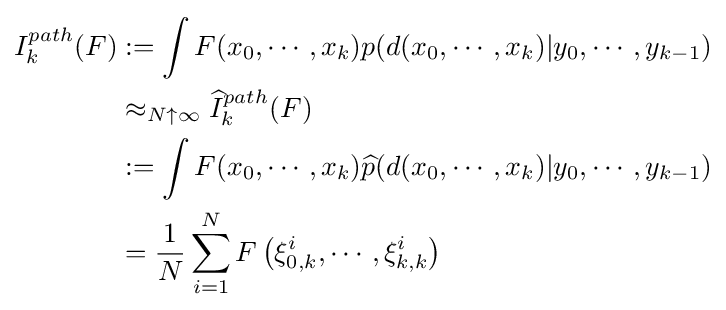
{\begin{aligned}I_{k}^{path}(F)&:=\int F(x_{0},\cdots ,x_{k})p(d(x_{0},\cdots ,x_{k})|y_{0},\cdots ,y_{k-1})\\&\approx _{N\uparrow \infty }{\widehat {I}}_{k}^{path}(F)\\&:=\int F(x_{0},\cdots ,x_{k}){\widehat {p}}(d(x_{0},\cdots ,x_{k})|y_{0},\cdots ,y_{k-1})\\&={\frac {1}{N}}\sum _{i=1}^{N}F\left(\xi _{0,k}^{i},\cdots ,\xi _{k,k}^{i}\right)\end{aligned}}